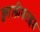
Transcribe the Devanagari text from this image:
क्वालीफाइड